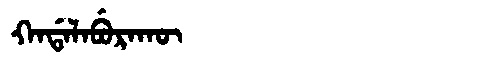
Manchu: ᡴᠠᡩᠠᠯᠠᠪᡠᡵᠠᡴᡡ
Romanization: KADALABURAKŪ